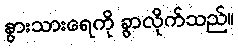
နွားသားရေကို ခွာလိုက်သည်။